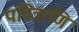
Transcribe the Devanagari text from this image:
पवित्राणि